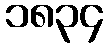
၁၈၃၄